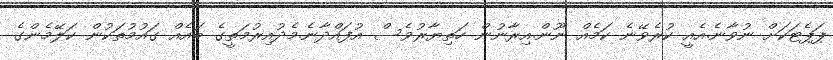
ޕަޕެޓަކަށް ނުވާނެ.އެއީ ކުރެވޭނެ ކަމެއް ނޫން.އިރާނުން ހަތިޔާރުވެސް އުފައްދާނެ.މެދުއިރުމަތީގެ ބައެއް ގައުމުތަކުން ކަލޭމެންގެ